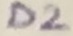
Text: D2